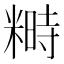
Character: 𥻵